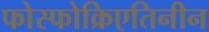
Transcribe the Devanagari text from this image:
फोस्फोक्रिएतिनीन